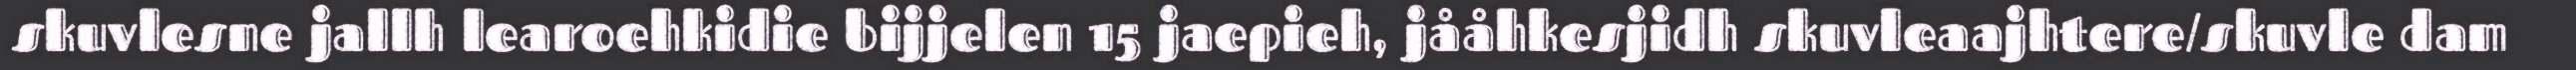
skuvlesne jallh learoehkidie bijjelen 15 jaepieh, jååhkesjidh skuvleaajhtere/skuvle dam